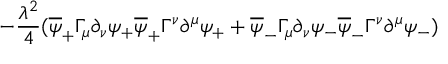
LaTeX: - { \frac { \lambda ^ { 2 } } { 4 } } ( \overline { { { \psi } } } _ { + } \Gamma _ { \mu } \partial _ { \nu } \psi _ { + } \overline { { { \psi } } } _ { + } \Gamma ^ { \nu } \partial ^ { \mu } \psi _ { + } + \overline { { { \psi } } } _ { - } \Gamma _ { \mu } \partial _ { \nu } \psi _ { - } \overline { { { \psi } } } _ { - } \Gamma ^ { \nu } \partial ^ { \mu } \psi _ { - } )